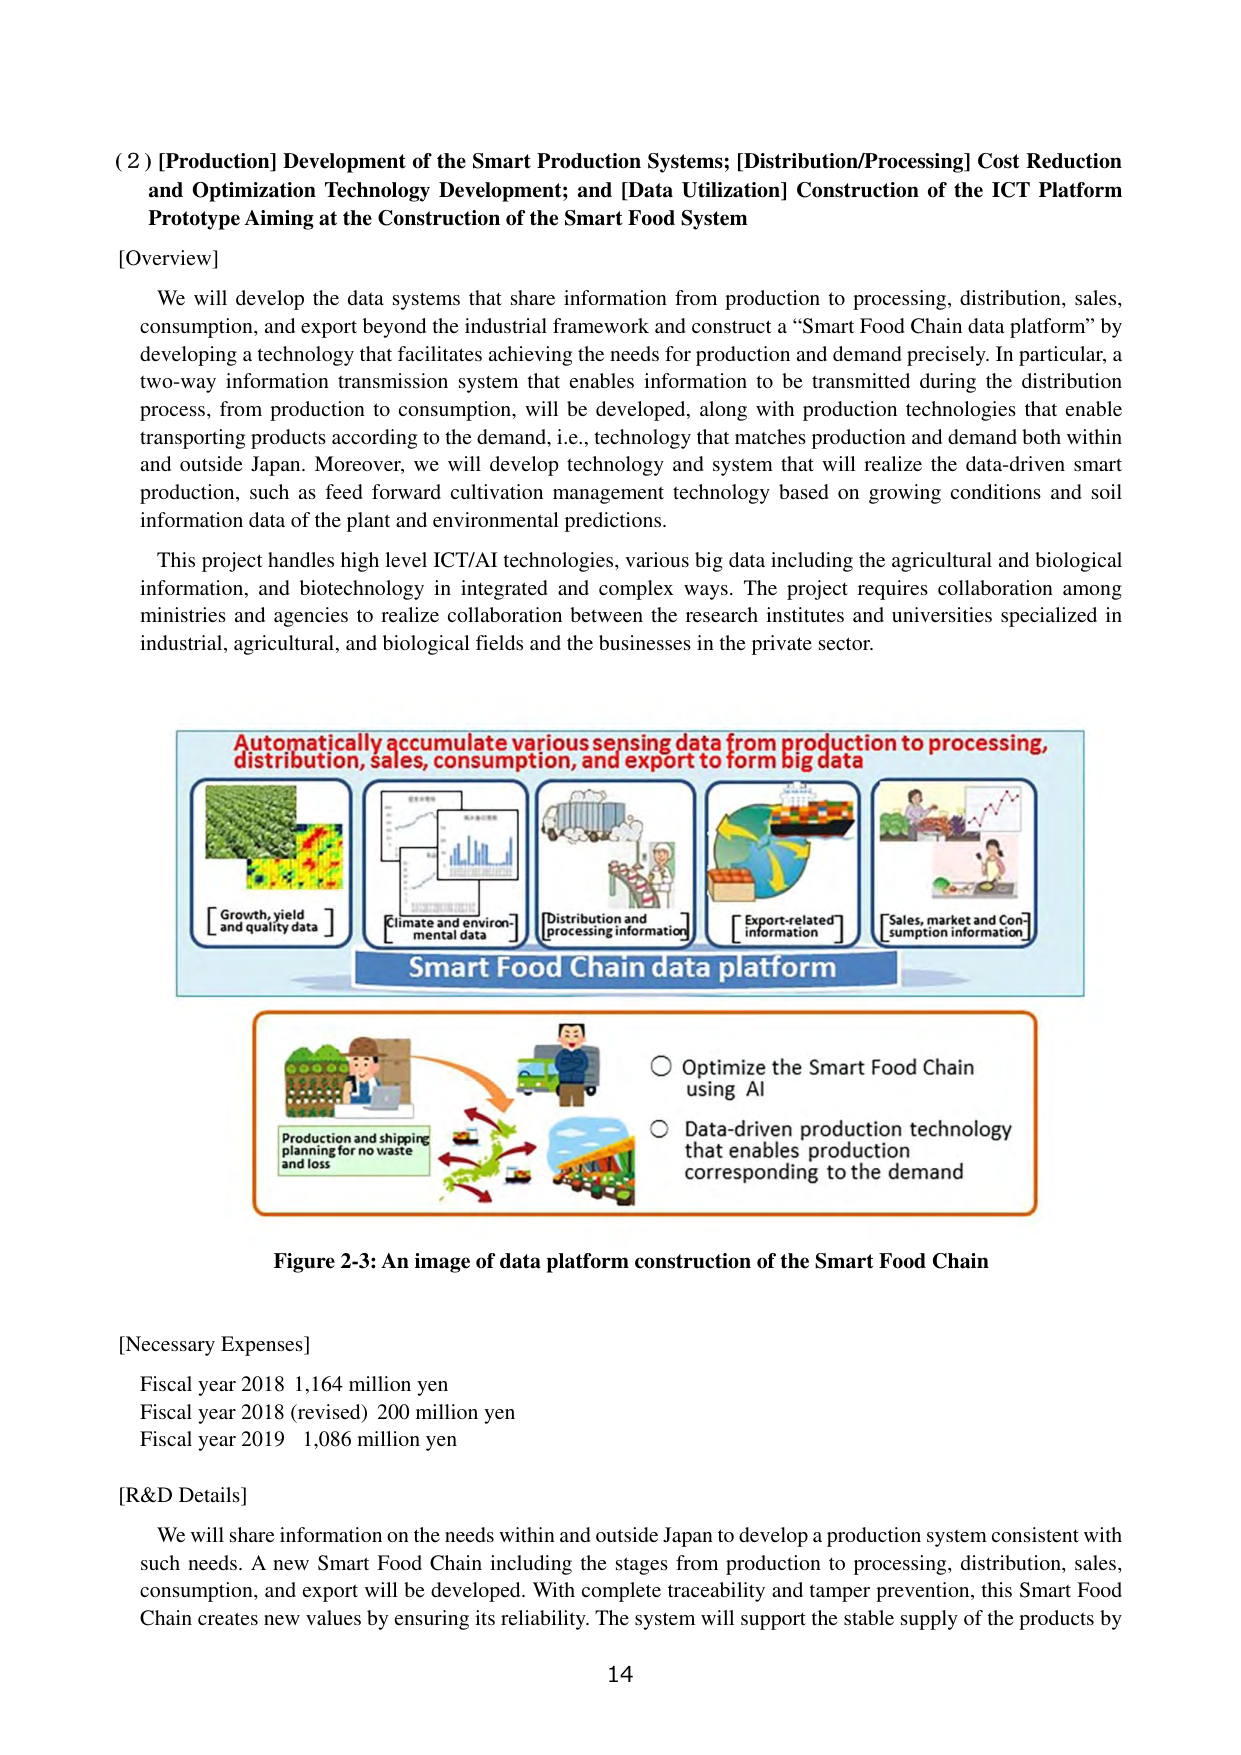
(2) [Production] Development of the Smart Production Systems; [Distribution/Processing] Cost Reduction and Optimization Technology Development; and [Data Utilization] Construction of the ICT Platform Prototype Aiming at the Construction of the Smart Food System

[Overview]

We will develop the data systems that share information from production to processing, distribution, sales, consumption, and export beyond the industrial framework and construct a “Smart Food Chain data platform” by developing a technology that facilitates achieving the needs for production and demand precisely. In particular, a two-way information transmission system that enables information to be transmitted during the distribution process, from production to consumption, will be developed, along with production technologies that enable transporting products according to the demand, i.e., technology that matches production and demand both within and outside Japan. Moreover, we will develop technology and system that will realize the data-driven smart production, such as feed forward cultivation management technology based on growing conditions and soil information data of the plant and environmental predictions.

This project handles high level ICT/AI technologies, various big data including the agricultural and biological information, and biotechnology in integrated and complex ways. The project requires collaboration among ministries and agencies to realize collaboration between the research institutes and universities specialized in industrial, agricultural, and biological fields and the businesses in the private sector.

Automatically accumulate various sensing data from production to processing, distribution, sales, consumption, and export to form big data

[Growth, yield and quality data]

[Climate and environmental data]

[Distribution and processing information]

[Export-related information]

[Sales, market and Consumption information]

Smart Food Chain data platform

Production and shipping planning for no waste and loss

○ Optimize the Smart Food Chain using AI

○ Data-driven production technology that enables production corresponding to the demand

Figure 2-3: An image of data platform construction of the Smart Food Chain

[Necessary Expenses]

Fiscal year 2018 1,164 million yen
Fiscal year 2018 (revised) 200 million yen
Fiscal year 2019 1,086 million yen

[R&D Details]

We will share information on the needs within and outside Japan to develop a production system consistent with such needs. A new Smart Food Chain including the stages from production to processing, distribution, sales, consumption, and export will be developed. With complete traceability and tamper prevention, this Smart Food Chain creates new values by ensuring its reliability. The system will support the stable supply of the products by

14